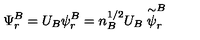
\Psi _ { r } ^ { B } = U _ { B } { \psi } _ { r } ^ { B } = n _ { B } ^ { 1 / 2 } U _ { B } \stackrel { \sim } { \psi } _ { r } ^ { B }